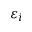
\varepsilon _ { i }